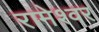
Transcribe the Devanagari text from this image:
रामेश्वर